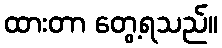
ထားတာ တွေ့ရသည်။